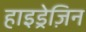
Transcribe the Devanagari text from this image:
हाइड्रेज़िन